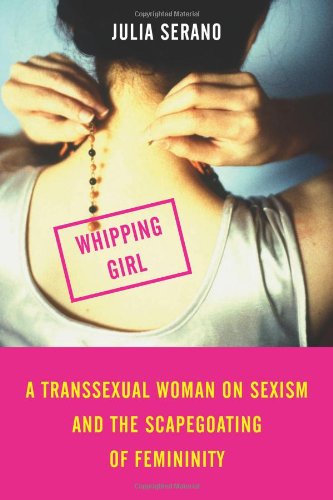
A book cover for Whipping Girl: A Transsexual Woman on Sexism and the Scapegoating of Femininity; Julia Serano; Gay & Lesbian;